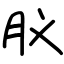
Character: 肞